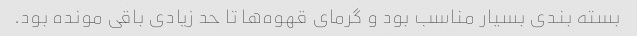
بسته بندی بسیار مناسب بود و گرمای قهوه‌ها تا حد زیادی باقی مونده بود.